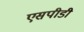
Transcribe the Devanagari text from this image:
एसपीडी